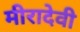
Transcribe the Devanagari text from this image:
मीरादेवी